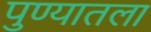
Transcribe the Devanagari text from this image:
पुण्यातला